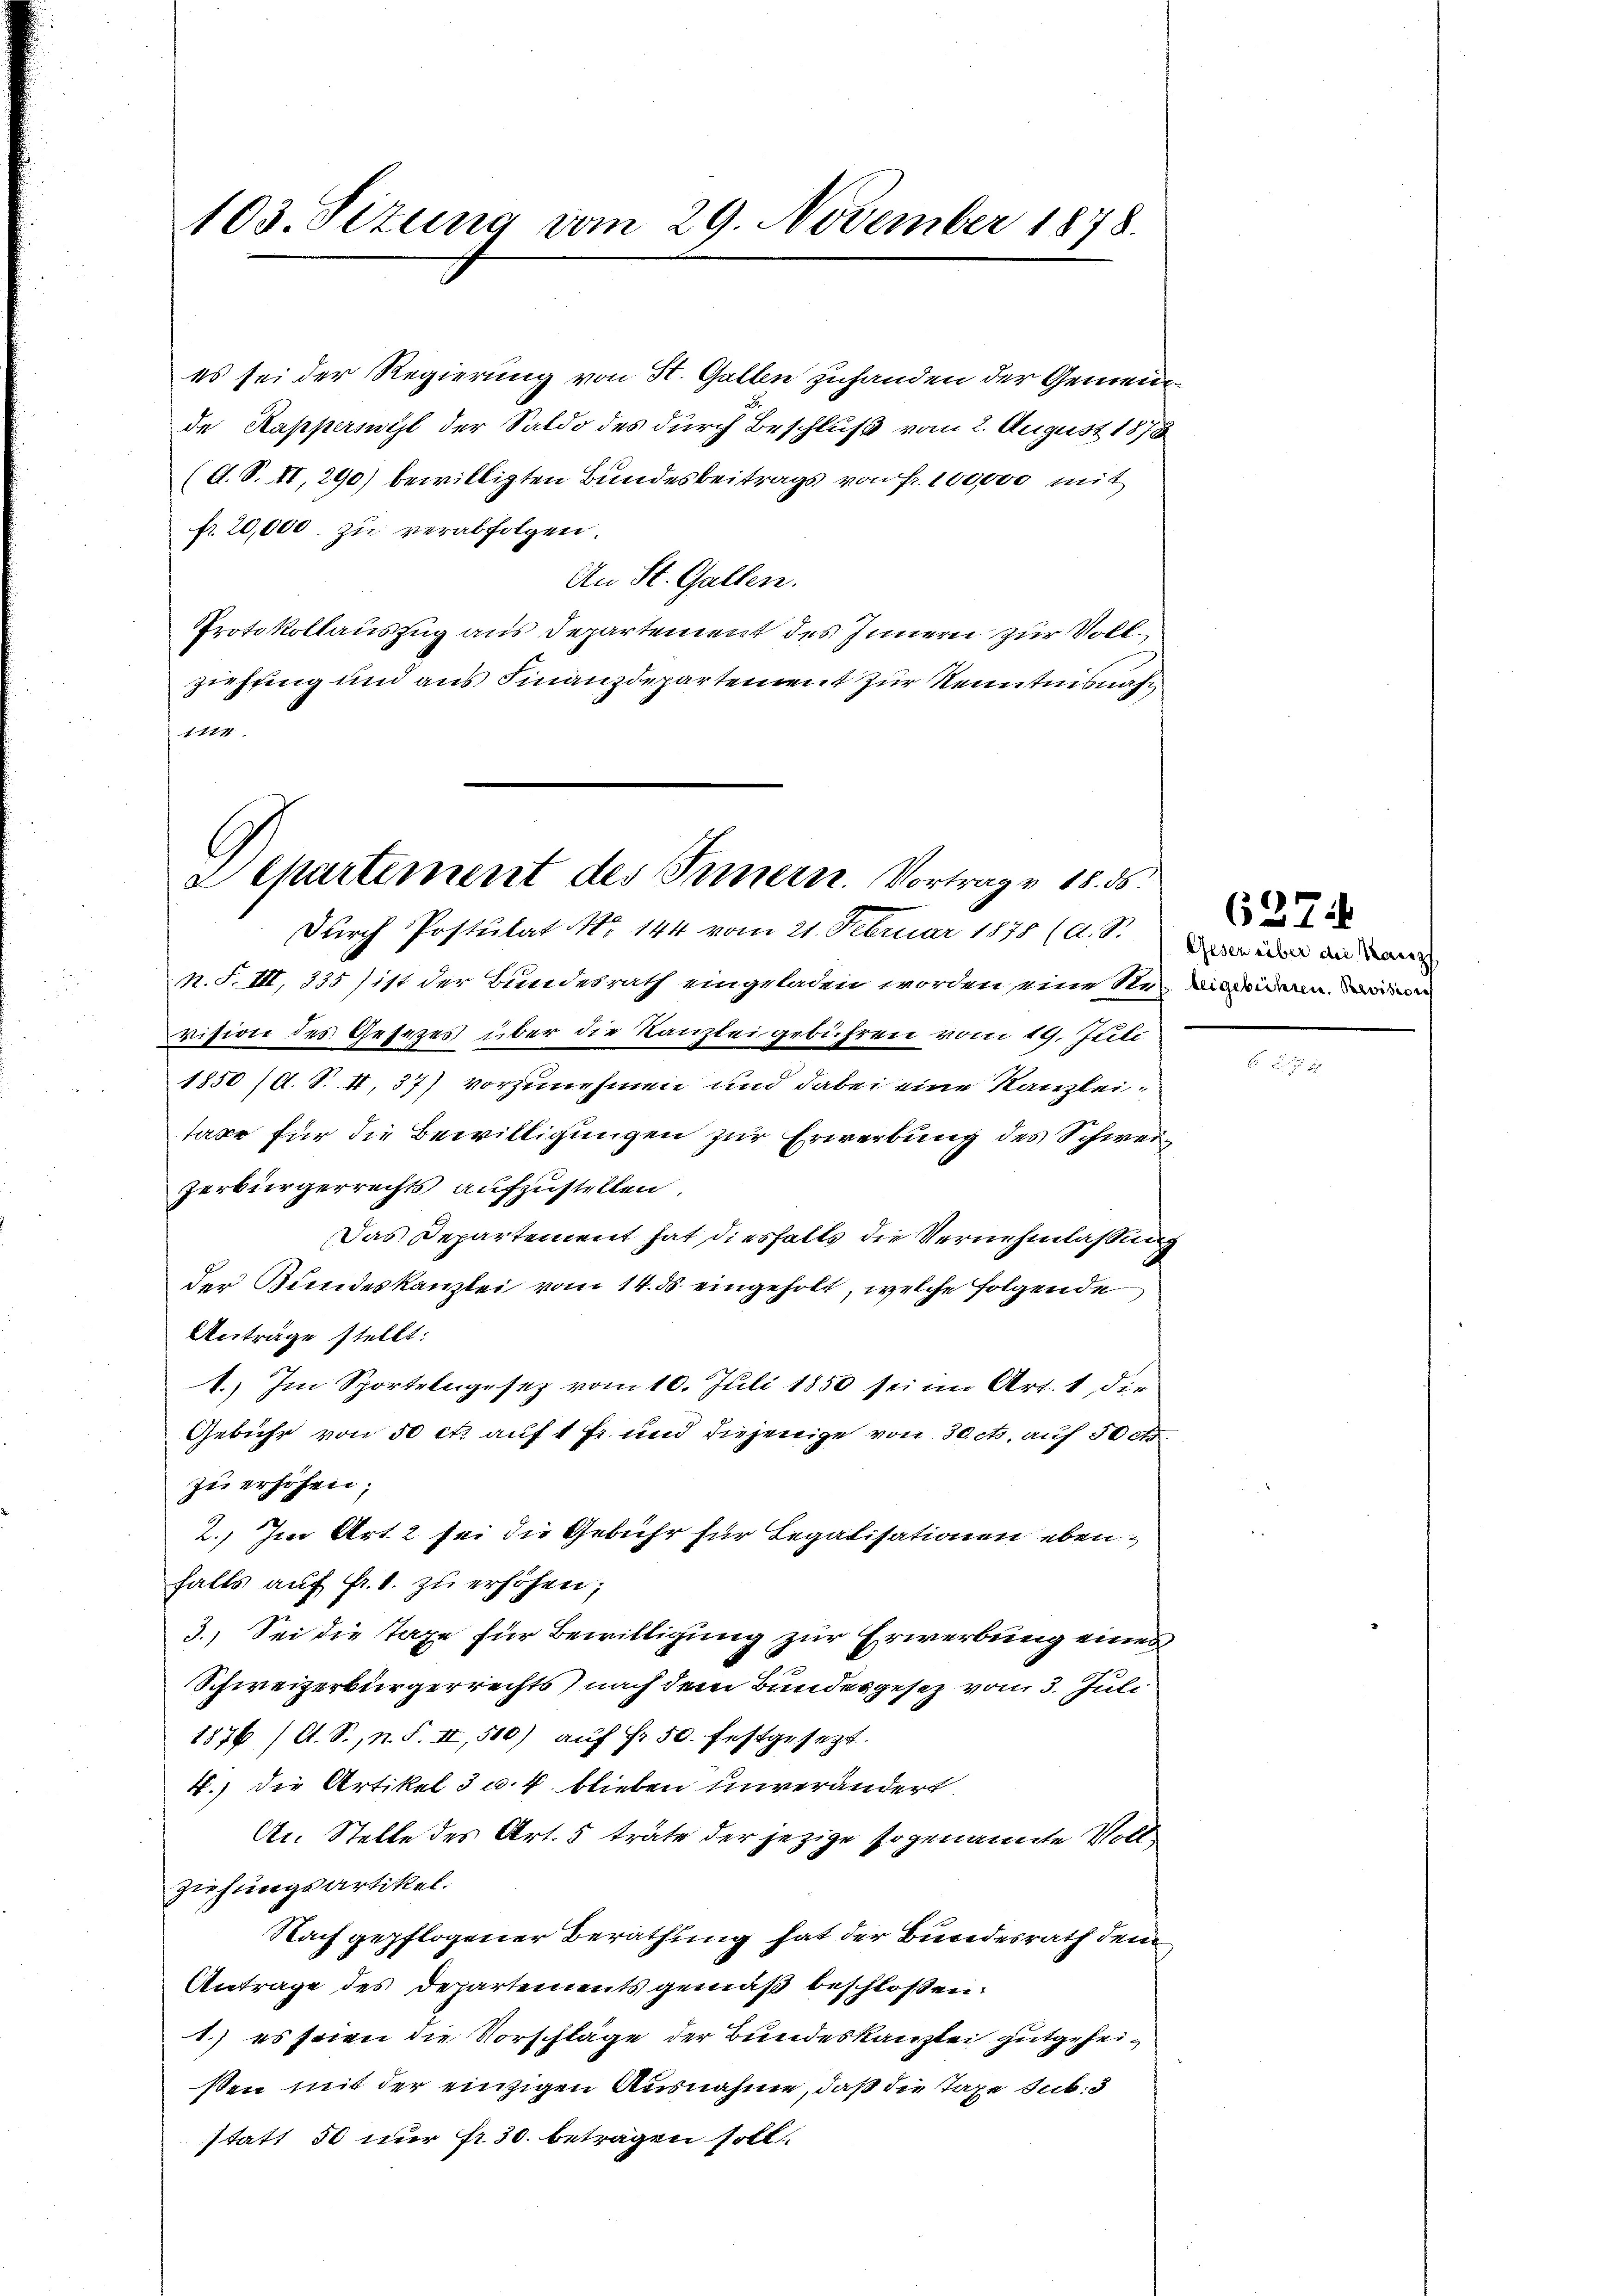
103. Situng vom 29. November 1878.

es sei der Regierung von St. Gallen zuhanden der Gemeind
de Kapperswyl der Saldo des durch Beschluß vom 2. August 1873
(d. S. II, 290) bewilligten Bundesbeitrags von Fr. 100,000 mit
fr. 20,000 zu verabfolgen.
An St. Gallen.
Protokollauszug aus Departement des Innern zur Vollziehung und aus Finanzdepartement zur Kenntnisnah¬
11771

Departement des Innern. Vortrage 18. ds.

Durch Postulat No. 144 vom 21. Februar 1878 (A. S. in an da
n. F. III, 335) ist der Bundesrath eingeladen worden eine Re
vision des Gesetzes über die Kanzlei gebühren vom 19. Juli
1850 (d. S. II, 37) vorzunehmen und dabei eine Kanzlei-
taar für die Bewilligungen zur Erwerbung des Schwerzerbürgerrechts aufzustellen.
Das Departement hat diesfalls die Vernehmlassung
der Bundeskanzlei vom 14. ds. eingeholt, welche folgende
Anträge stellt:
1. Im Sportelngesez vom 10. Juli 1850 sei im Art. 1, die
Gebühr von 50 cts auf 1 Fr. und diejenige von 30 cts. auf 50 cts.
zu erhöhen;
2.) Im Art. 2 sei die Gebühr für Legatisationen ebenfalls auf Fr. 1. zu erhöhen;
3.) Sei die Taxe für Bewilligung zur Erwerbung eines
Schweizerbürgerrechts nach dem Bundesgesetz vom 3. Juli
1876 /A. S., n. F. II, 500) auf Fr. 50. festgesezt.
4.) die Artikel 3 u. 4. blieben unverändert.
An Stelle des Art. 5 träte der jezige sogenannte Vollziehungsartikel.
Nach gepflogener Berathung hat der Bundesrath dem
Antrage des Departements gemäß beschloßen:
1.) es seien die Vorschläge der Bundeskanzlei gutgeheißen mit der einzigen Ausnahme, daß die Taxe sub. 3
statt 50 nur fr. 30. betragen soll

d

beigebühren. Revision

6274